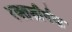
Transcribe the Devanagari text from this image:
रक्तशीर्षक